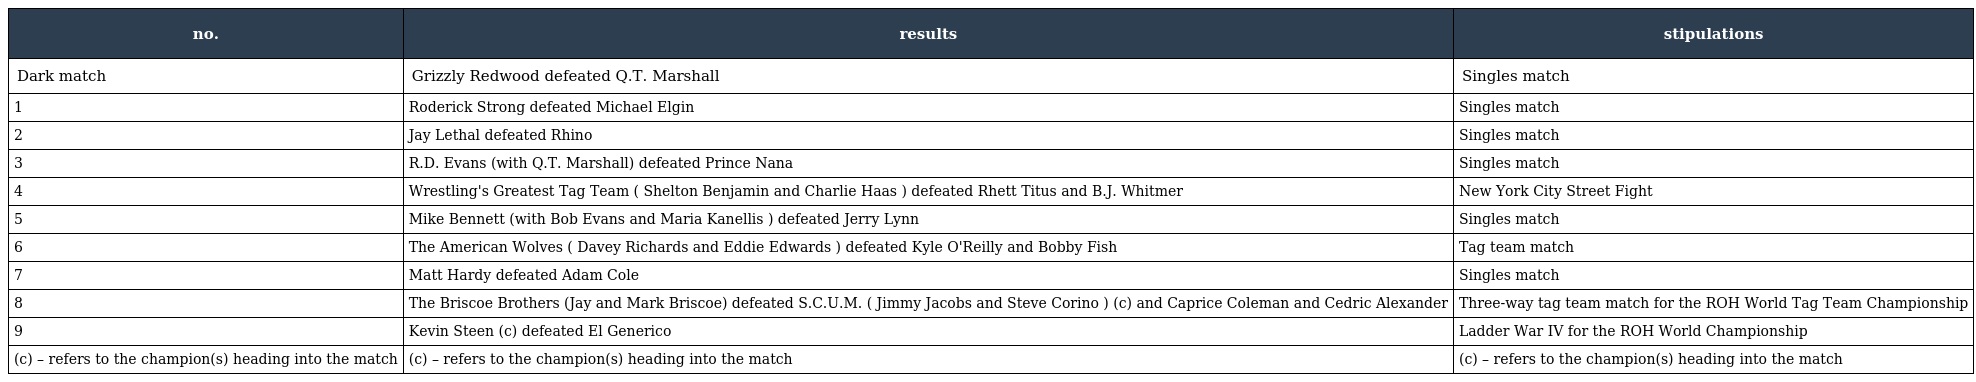
| no. | results | stipulations |
 | --- | --- | --- |
 | Dark match | Grizzly Redwood defeated Q.T. Marshall | Singles match |
 | 1 | Roderick Strong defeated Michael Elgin | Singles match |
 | 2 | Jay Lethal defeated Rhino | Singles match |
 | 3 | R.D. Evans (with Q.T. Marshall) defeated Prince Nana | Singles match |
 | 4 | Wrestling's Greatest Tag Team ( Shelton Benjamin and Charlie Haas ) defeated Rhett Titus and B.J. Whitmer | New York City Street Fight |
 | 5 | Mike Bennett (with Bob Evans and Maria Kanellis ) defeated Jerry Lynn | Singles match |
 | 6 | The American Wolves ( Davey Richards and Eddie Edwards ) defeated Kyle O'Reilly and Bobby Fish | Tag team match |
 | 7 | Matt Hardy defeated Adam Cole | Singles match |
 | 8 | The Briscoe Brothers (Jay and Mark Briscoe) defeated S.C.U.M. ( Jimmy Jacobs and Steve Corino ) (c) and Caprice Coleman and Cedric Alexander | Three-way tag team match for the ROH World Tag Team Championship |
 | 9 | Kevin Steen (c) defeated El Generico | Ladder War IV for the ROH World Championship |
 | (c) – refers to the champion(s) heading into the match | (c) – refers to the champion(s) heading into the match | (c) – refers to the champion(s) heading into the match |